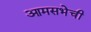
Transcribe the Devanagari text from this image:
आमसभेची